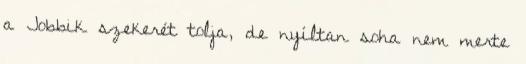
a Jobbik szekerét tolja, de nyíltan soha nem merte